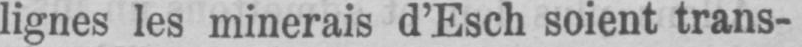
lignes les minerais d’Esch soient trans-